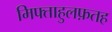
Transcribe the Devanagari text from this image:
मिफ्ताहुलफ़तह